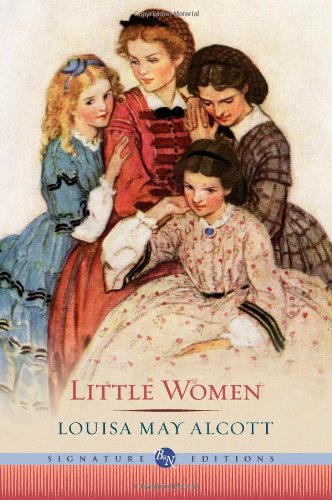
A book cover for Little Women (Barnes & Noble Signature Editions); Louisa May Alcott; Literature & Fiction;